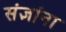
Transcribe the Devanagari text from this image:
संज्ञांना